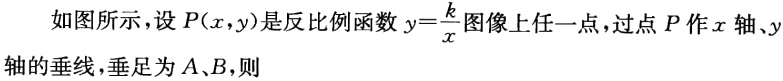
如图所示，设\(P(x,y)\)是反比例函数\(y = \frac{k}{x}\)图像上任一点，过点\(P\)作\(x\)轴、\(y\)轴的垂线，垂足为\(A\)、\(B\)，则